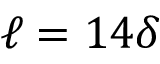
\ell = 1 4 \delta